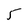
Character: 5